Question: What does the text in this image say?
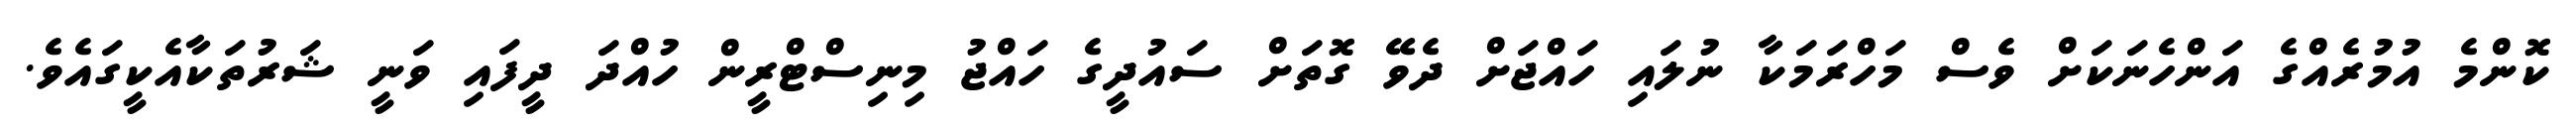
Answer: ކޮންމެ އުމުރެއްގެ އަންހެނަކަށް ވެސް މަހްރަމަކާ ނުލައި ހައްޖަށް ދެވޭ ގޮތަށް ސައުދީގެ ހައްޖު މިނިސްޓްރީން ހުއްދަ ދީފައި ވަނީ ޝަރުތަކާއެކީގައެވެ.